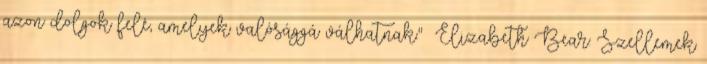
azon dolgok felé, amelyek valósággá válhatnak." Elizabeth Bear: Szellemek